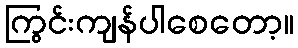
ကြွင်းကျန်ပါစေတော့။